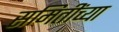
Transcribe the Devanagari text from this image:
समितींच्या